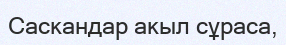
Саскандар акыл сұраса,